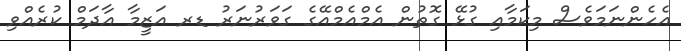
އެހެންނަމަވެސް މިކަމާއި ގުޅޭ ގޮތުން އެމްއެމްއޭގެ ގަވަރުނަރު ޑރ އަޒީމާ އާދަމް ކުރެއްވި